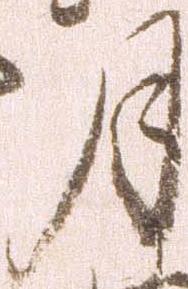
月